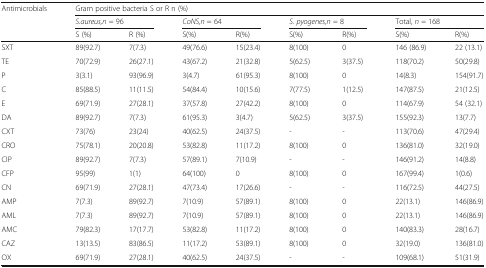
<table><thead><tr><td rowspan="3"><b>Antimicrobials</b></td><td colspan="8"><b>Gram positive bacteria S or R n (%)</b></td></tr><tr><td colspan="2"><b><i>S.aureus,n</i> = 96</b></td><td colspan="2"><b><i>CoNS,n</i> = 64</b></td><td colspan="2"><b><i>S. pyogenes,n</i> = 8</b></td><td colspan="2"><b>Total, <i>n</i> = 168</b></td></tr><tr><td><b>S (%)</b></td><td><b>R (%)</b></td><td><b>S(%)</b></td><td><b>R(%)</b></td><td><b>S(%)</b></td><td><b>R(%)</b></td><td><b>S(%)</b></td><td><b>R(%)</b></td></tr></thead><tbody><tr><td>SXT</td><td>89(92.7)</td><td>7(7.3)</td><td>49(76.6)</td><td>15(23.4)</td><td>8(100)</td><td>0</td><td>146 (86.9)</td><td>22 (13.1)</td></tr><tr><td>TE</td><td>70(72.9)</td><td>26(27.1)</td><td>43(67.2)</td><td>21(32.8)</td><td>5(62.5)</td><td>3(37.5)</td><td>118(70.2)</td><td>50(29.8)</td></tr><tr><td>P</td><td>3(3.1)</td><td>93(96.9)</td><td>3(4.7)</td><td>61(95.3)</td><td>8(100)</td><td>0</td><td>14(8.3)</td><td>154(91.7)</td></tr><tr><td>C</td><td>85(88.5)</td><td>11(11.5)</td><td>54(84.4)</td><td>10(15.6)</td><td>7(77.5)</td><td>1(12.5)</td><td>147(87.5)</td><td>21(12.5)</td></tr><tr><td>E</td><td>69(71.9)</td><td>27(28.1)</td><td>37(57.8)</td><td>27(42.2)</td><td>8(100)</td><td>0</td><td>114(67.9)</td><td>54 (32.1)</td></tr><tr><td>DA</td><td>89(92.7)</td><td>7(7.3)</td><td>61(95.3)</td><td>3(4.7)</td><td>5(62.5)</td><td>3(37.5)</td><td>155(92.3)</td><td>13(7.7)</td></tr><tr><td>CXT</td><td>73(76)</td><td>23(24)</td><td>40(62.5)</td><td>24(37.5)</td><td>-</td><td>-</td><td>113(70.6)</td><td>47(29.4)</td></tr><tr><td>CRO</td><td>75(78.1)</td><td>20(20.8)</td><td>53(82.8)</td><td>11(17.2)</td><td>8(100)</td><td>0</td><td>136(81.0)</td><td>32(19.0)</td></tr><tr><td>CIP</td><td>89(92.7)</td><td>7(7.3)</td><td>57(89.1)</td><td>7(10.9)</td><td>-</td><td>-</td><td>146(91.2)</td><td>14(8.8)</td></tr><tr><td>CFP</td><td>95(99)</td><td>1(1)</td><td>64(100)</td><td>0</td><td>8(100)</td><td>0</td><td>167(99.4)</td><td>1(0.6)</td></tr><tr><td>CN</td><td>69(71.9)</td><td>27(28.1)</td><td>47(73.4)</td><td>17(26.6)</td><td>-</td><td>-</td><td>116(72.5)</td><td>44(27.5)</td></tr><tr><td>AMP</td><td>7(7.3)</td><td>89(92.7)</td><td>7(10.9)</td><td>57(89.1)</td><td>8(100)</td><td>0</td><td>22(13.1)</td><td>146(86.9)</td></tr><tr><td>AML</td><td>7(7.3)</td><td>89(92.7)</td><td>7(10.9)</td><td>57(89.1)</td><td>8(100)</td><td>0</td><td>22(13.1)</td><td>146(86.9)</td></tr><tr><td>AMC</td><td>79(82.3)</td><td>17(17.7)</td><td>53(82.8)</td><td>11(17.2)</td><td>8(100)</td><td>0</td><td>140(83.3)</td><td>28(16.7)</td></tr><tr><td>CAZ</td><td>13(13.5)</td><td>83(86.5)</td><td>11(17.2)</td><td>53(89.1)</td><td>8(100)</td><td>0</td><td>32(19.0)</td><td>136(81.0)</td></tr><tr><td>OX</td><td>69(71.9)</td><td>27(28.1)</td><td>40(62.5)</td><td>24(37.5)</td><td>-</td><td>-</td><td>109(68.1)</td><td>51(31.9)</td></tr></tbody></table>